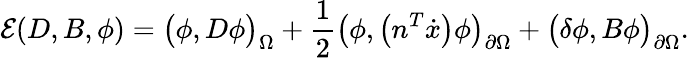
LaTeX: \mathcal{E}(D,B,\phi)=\big(\phi,D\phi\big)_{\Omega}+\frac{1}{2}\big(\phi,\big(n^{T}\dot{x}\big)\phi\big)_{\partial\Omega}+\big(\delta\phi,B\phi\big)_{\partial\Omega}.